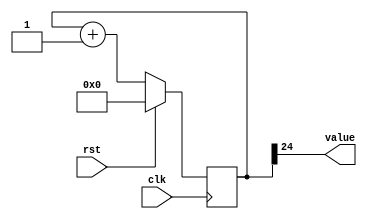
/*
   This file was generated automatically by Alchitry Labs version 1.2.7.
   Do not edit this file directly. Instead edit the original Lucid source.
   This is a temporary file and any changes made to it will be destroyed.
*/

/*
   Parameters:
     SIZE = 1
     DIV = 24
     TOP = 0
     UP = 1
*/
module counter_14 (
    input clk,
    input rst,
    output reg [0:0] value
  );
  
  localparam SIZE = 1'h1;
  localparam DIV = 5'h18;
  localparam TOP = 1'h0;
  localparam UP = 1'h1;
  
  
  reg [24:0] M_ctr_d, M_ctr_q = 1'h0;
  
  localparam MAX_VALUE = 25'h0ffffff;
  
  always @* begin
    M_ctr_d = M_ctr_q;
    
    value = M_ctr_q[24+0-:1];
    if (1'h1) begin
      M_ctr_d = M_ctr_q + 1'h1;
      if (1'h0 && M_ctr_q == 25'h0ffffff) begin
        M_ctr_d = 1'h0;
      end
    end else begin
      M_ctr_d = M_ctr_q - 1'h1;
      if (1'h0 && M_ctr_q == 1'h0) begin
        M_ctr_d = 25'h0ffffff;
      end
    end
  end
  
  always @(posedge clk) begin
    if (rst == 1'b1) begin
      M_ctr_q <= 1'h0;
    end else begin
      M_ctr_q <= M_ctr_d;
    end
  end
  
endmodule